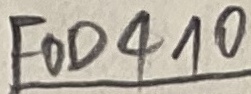
Text: FOD410